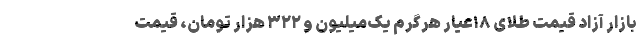
بازار آزاد قیمت طلای ۱۸عیار هرگرم یک‌میلیون و ۳۲۲ هزار تومان، قیمت